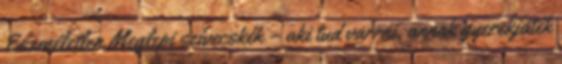
Eszméletlen Meglepi szívecskék – aki tud varrni, annak gyerekjáték